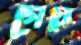
গেয়ো